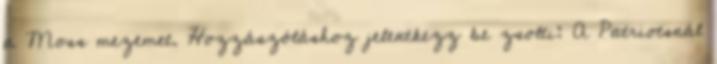
a Moss mezemet. Hozzászóláshoz jelentkezz be zsolti: A Patriotsnál